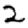
Digit: 2